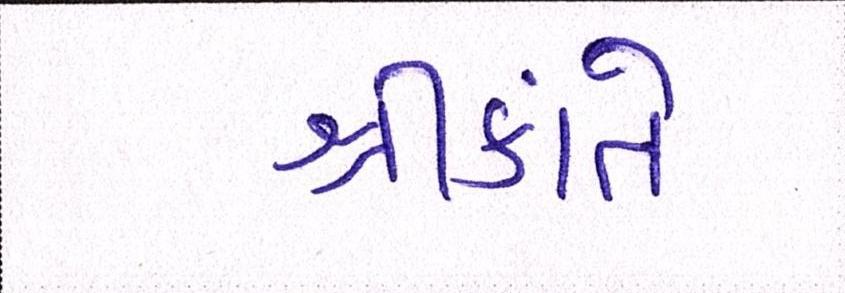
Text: શ્રીકાંતે